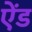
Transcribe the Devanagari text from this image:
एेंड